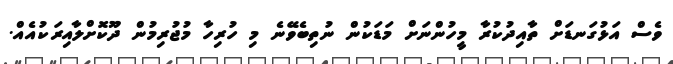
ވެސް އަޅުގަނޑަށް ތާއިދުކުރާ މީހުންނަށް މަޑަކުން ނުތިބެވޭނެ މި ހުރިހާ މުޖުރިމުން ދޫކޮށްލާއިރަކުއެއް.